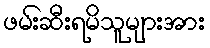
ဖမ်းဆီးရမိသူများအား